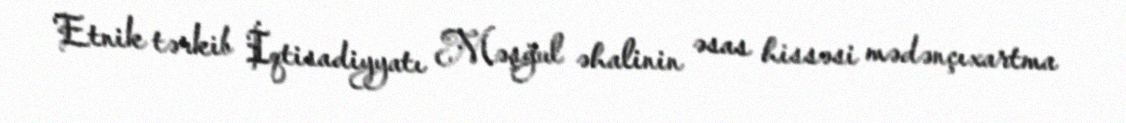
Etnik tərkib İqtisadiyyatı Məşğul əhalinin əsas hissəsi mədənçıxartma